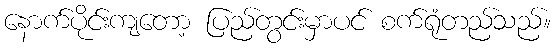
နောက်ပိုင်းကျတော့ ပြည်တွင်းမှာပင် စက်ရုံတည်သည်။